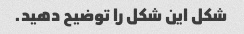
شکل این شکل را توضیح دهید.